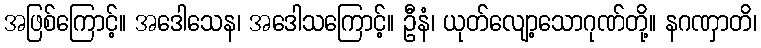
အဖြစ်ကြောင့်။ အဒေါသေန၊ အဒေါသကြောင့်။ ဦနံ၊ ယုတ်လျော့သောဂုဏ်တို့။ နဂဏှာတိ၊